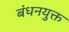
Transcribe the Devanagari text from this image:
बंधनयुक्त